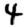
Digit: 4